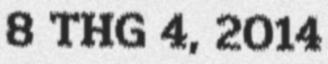
8 THG 4, 2014